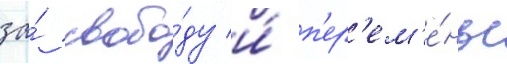
за́ свобо́ду и́ п'ер'ем'е́ны